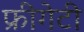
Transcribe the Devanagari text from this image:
फ्रीगेटी